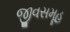
જીવસમૂહ